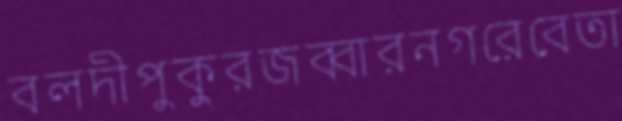
বলদীপুকুরজব্বারনগরেবেতা